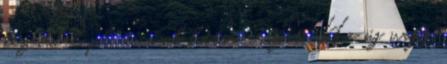
kezeddel pl. a comb hátsó részét. Ha új vagy